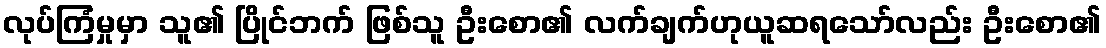
လုပ်ကြံမှုမှာ သူ၏ ပြိုင်ဘက် ဖြစ်သူ ဦးစော၏ လက်ချက်ဟုယူဆရသော်လည်း ဦးစော၏